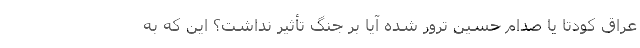
عراق کودتا یا صدام حسین ترور شده آیا بر جنگ تأثیر نداشت؟ این که به